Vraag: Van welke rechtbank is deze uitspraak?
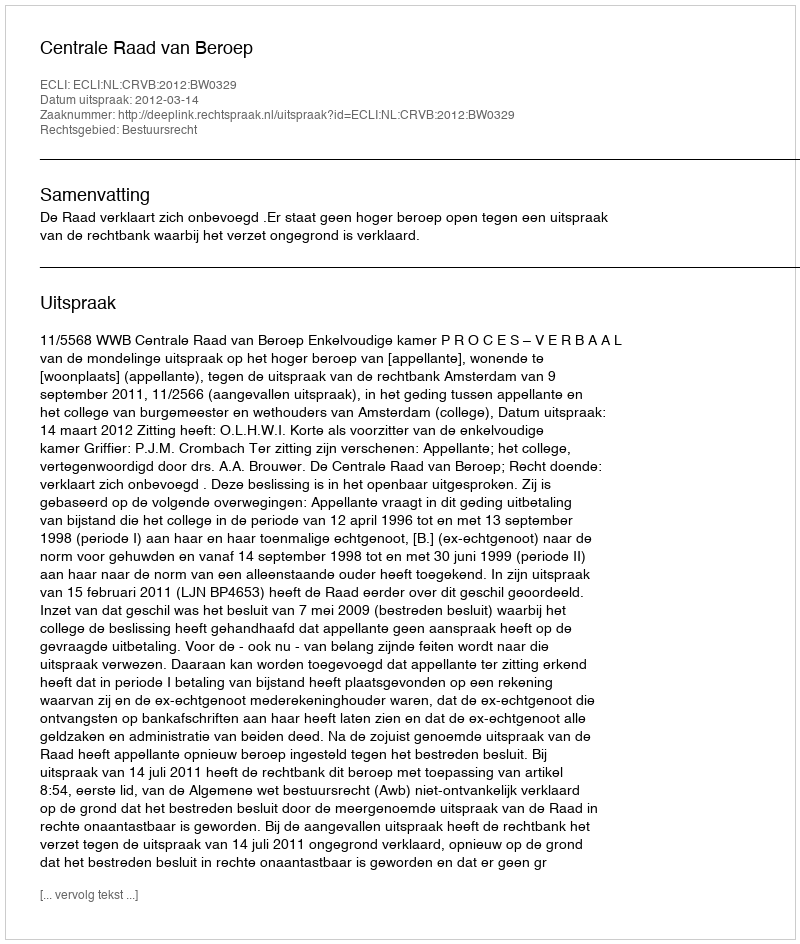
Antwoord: Centrale Raad van Beroep